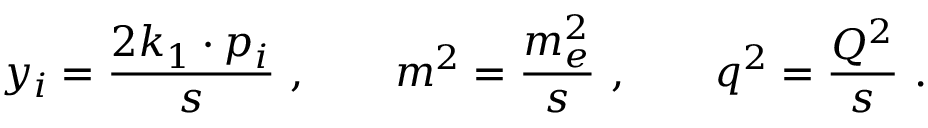
y _ { i } = \frac { 2 k _ { 1 } \cdot p _ { i } } { s } ~ , \qquad m ^ { 2 } = \frac { m _ { e } ^ { 2 } } { s } ~ , \qquad q ^ { 2 } = \frac { Q ^ { 2 } } { s } ~ .